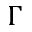
\Gamma